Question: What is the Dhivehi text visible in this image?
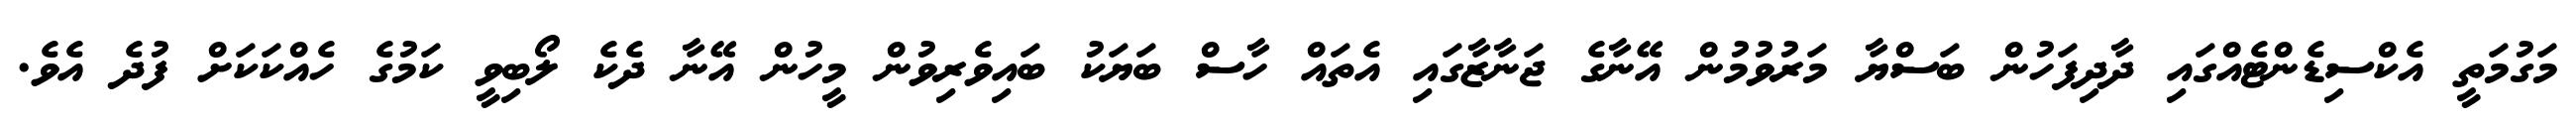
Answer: މަގުމަތީ އެކްސިޑެންޓެއްގައި ދާދިފަހުން ބަސްޔާ މަރުވުމުން އޭނާގެ ޖަނާޒާގައި އެތައް ހާސް ބަޔަކު ބައިވެރިވުން މީހުން އޭނާ ދެކެ ލޯބިވީ ކަމުގެ ހެއްކަކަށް ފުދެ އެވެ.